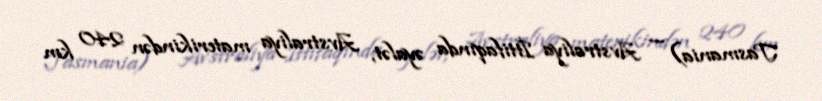
Tasmania) — Avstraliya İttifaqında əyalət, Avstraliya materikindən 240 km